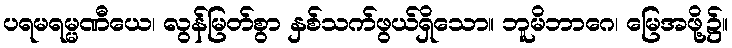
ပရမရမ္မဏီယေ၊ လွန်မြတ်စွာ နှစ်သက်ဖွယ်ရှိသော။ ဘူမိဘာဂေ၊ မြေအဖို့၌။